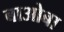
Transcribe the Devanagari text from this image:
बाओबा